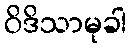
ဝိဒိသာမုခါ